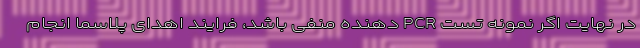
در نهایت اگر نمونه تست PCR دهنده منفی باشد، فرایند اهدای پلاسما انجام